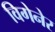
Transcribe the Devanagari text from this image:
विगेनेर